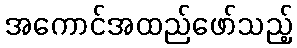
အကောင်အထည်ဖော်သည့်